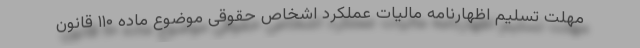
مهلت تسلیم اظهارنامه مالیات عملکرد اشخاص حقوقی موضوع ماده ۱۱۰ قانون